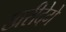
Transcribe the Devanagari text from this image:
खरीदेगें